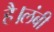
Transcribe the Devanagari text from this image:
है।लंबी